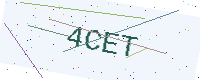
Text: 4CET